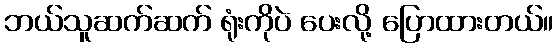
ဘယ်သူဆက်ဆက် ရုံးကိုပဲ ပေးလို့ ပြောထားတယ်။